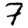
Digit: 7